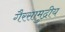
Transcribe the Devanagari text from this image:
गैरसामुद्रीय